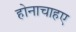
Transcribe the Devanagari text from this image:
होनाचाहए